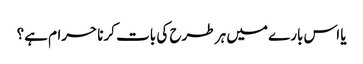
یا اس بارے میں ہر طرح کی بات کرنا حرام ہے؟